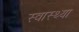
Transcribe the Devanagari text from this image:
स्‍वास्‍थ्‍या